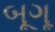
બૂગૂ